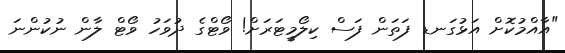
"އާއްމުކޮށް އަޅުގަނޑ ފަތަން ފަސް ކިލޯމީޓަރަށް! ވޯޓްގެ ދުވަހު ވޯޓް ލާން ނުކުންނަ